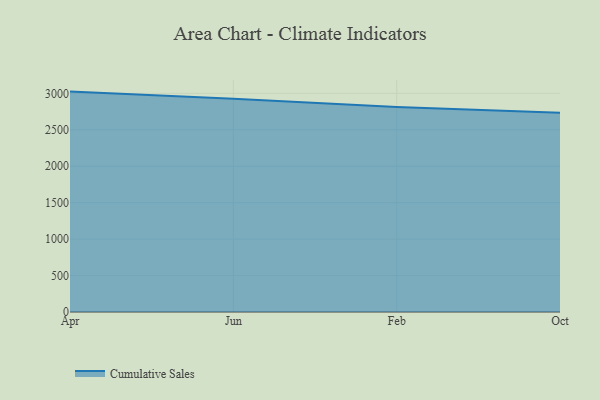
{"axis": {"x": "Month", "y": "Net Income (USD K)"}, "legend": ["Cumulative Sales"], "data": [{"x": "Apr", "y": 3023.8, "type": "Cumulative Sales"}, {"x": "Jun", "y": 2925.9, "type": "Cumulative Sales"}, {"x": "Feb", "y": 2811.4, "type": "Cumulative Sales"}, {"x": "Oct", "y": 2734.3, "type": "Cumulative Sales"}]}